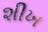
શીખ